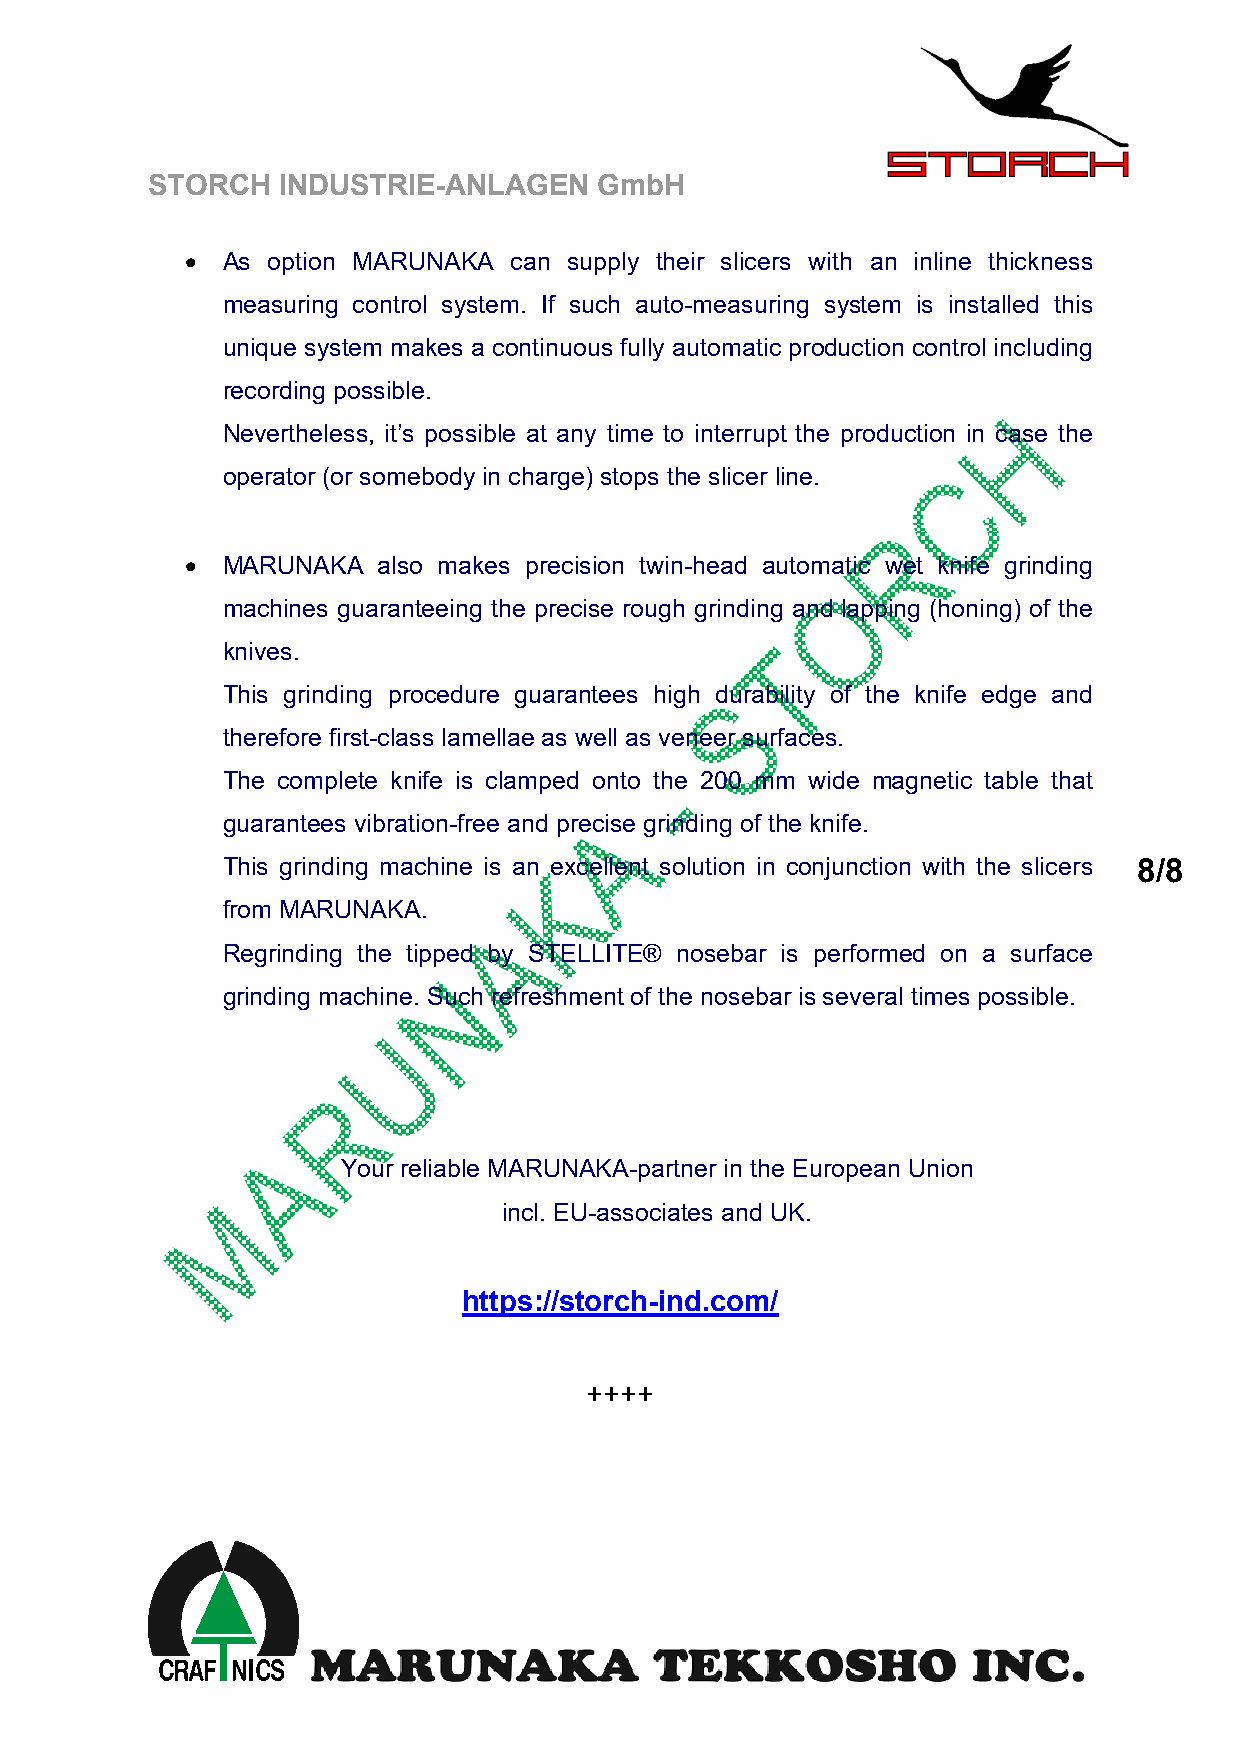
STORCH  INDUSTRIE-ANLAGEN     GmbH
   As option MARUNAKA can supply their slicers with an inline thickness
 measuring control system. If such auto-measuring system is installed this
 unique system makes a continuous fully automatic production control including
 recording possible.
 Nevertheless, it’s possible at any time to interrupt the production in case the
 operator (or somebody in charge) stops the slicer line.
   MARUNAKA  also makes precision twin-head automatic wet knife grinding
 machines guaranteeing the precise rough grinding and lapping (honing) of the
 knives.
 This grinding procedure guarantees high durability of the knife edge and
 therefore first-class lamellae as well as veneer surfaces.
 The complete knife is clamped onto the 200 mm wide magnetic table that
 guarantees vibration-free and precise grinding of the knife.
 This grinding machine is an excellent solution in conjunction with the slicers 8/8
 from MARUNAKA.
 Regrinding the tipped by STELLITE® nosebar is performed on a surface
 grinding machine. Such refreshment of the nosebar is several times possible.
 Your reliable MARUNAKA-partner in the European Union
 incl. EU-associates and UK.
 https://storch-ind.com/
 ++++